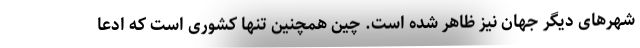
شهرهای دیگر جهان نیز ظاهر شده است. چین همچنین تنها کشوری است که ادعا